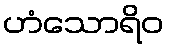
ဟံသောရိဝ